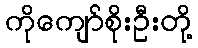
ကိုကျော်စိုးဦးတို့